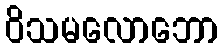
ဝိသမလောဘော